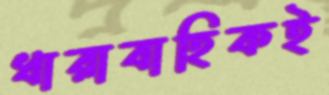
ধারাবাহিকই